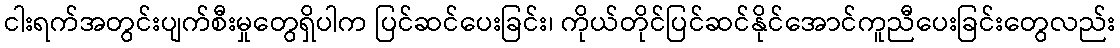
ငါးရက်အတွင်းပျက်စီးမှုတွေရှိပါက ပြင်ဆင်ပေးခြင်း၊ ကိုယ်တိုင်ပြင်ဆင်နိုင်အောင်ကူညီပေးခြင်းတွေလည်း